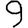
Digit: 9